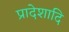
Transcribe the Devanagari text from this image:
प्रादेशादि